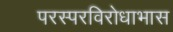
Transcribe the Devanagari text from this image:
परस्परविरोधाभास